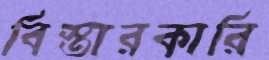
বিস্তারকারি